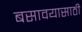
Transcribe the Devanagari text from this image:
बसावयासाठी